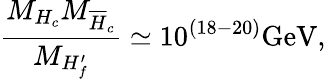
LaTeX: \frac{M_{H_{c}}M_{\overline{{{H}}}_{c}}}{M_{H_{f}^{\prime}}}\simeq 10^{(18-20)}\mathrm{GeV},